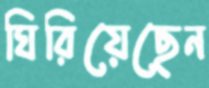
ঘিরিয়েছেন